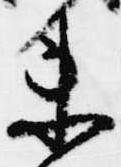
未